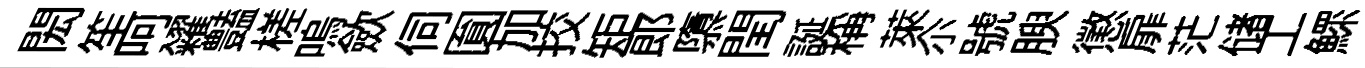
閎笙呵糴𧰟槎嗚歛伺圎加挍矩郞隳閏誕稱萊尒號腴懲扉茫储工鰥